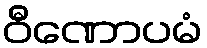
ဝီဏောပမံ